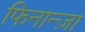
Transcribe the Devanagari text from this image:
फिनान्ज़ा